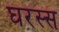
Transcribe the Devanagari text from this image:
घरस्स